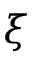
\xi